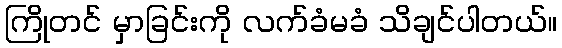
ကြိုတင် မှာခြင်းကို လက်ခံမခံ သိချင်ပါတယ်။